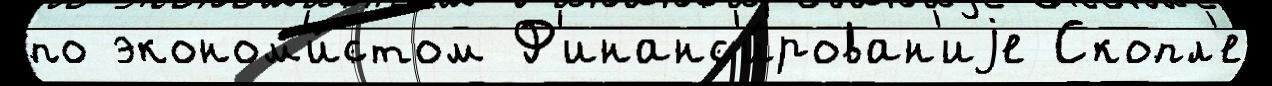
по эконом'и́стом Ф'инанс'и́рован'иjе Скопл'е